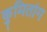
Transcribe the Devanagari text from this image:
कुमितांग